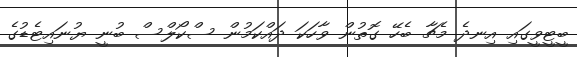
ބީޓީވީގައި އިނދެ މެޗާ ބެހޭ ގޮތުން ވާހަކަ ދައްކަމުން ސްކޯލްސް ބުނީ ޔުނައިޓެޑުގެ